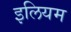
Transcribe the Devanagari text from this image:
इलियम